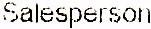
SALESPERSON